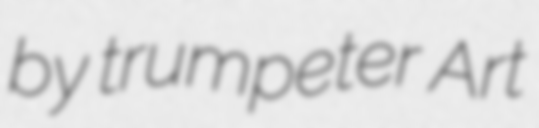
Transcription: by trumpeter Art